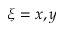
\xi = x , y